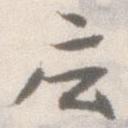
庄